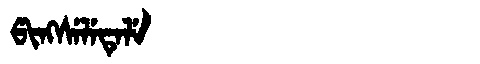
Manchu: ᡦᡳᠩᠰᡝᠯᡝᡨᡝᠯᡝ
Romanization: PINGSELETELE